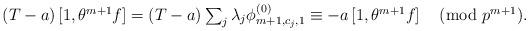
LaTeX: \begin{align*}\textstyle (T - a) \left[1,\theta^{m+1}f\right] & \textstyle = (T - a) \sum_j \lambda_j\phi_{m+1,c_j,1}^{(0)} \equiv -a\left[1,\theta^{m+1}f\right] \pmod{p^{m+1}}.\end{align*}